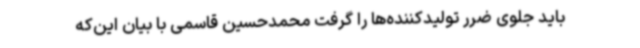
باید جلوی ضرر تولیدکننده‌ها را گرفت محمدحسین قاسمی با بیان این‌که